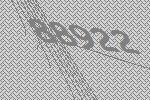
88922